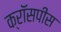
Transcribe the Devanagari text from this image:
क्रॉसपीस